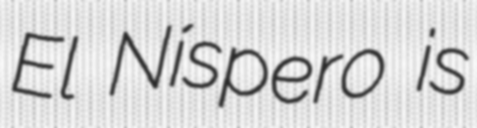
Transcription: El Níspero is